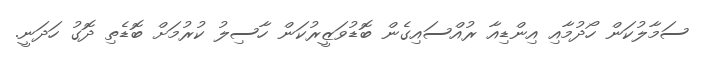
ސަމާލުކަން ހޯދުމާއި އިންޑިއާ ރުއްސައިގެން ބޮޑުވަޒީރުކަން ހާސިލު ކުރުމަށް ބޮޑެތި ދޮގު ހަދަނީ.